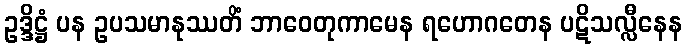
ဥဒ္ဒိဋ္ဌံ ပန ဥပသမာနုဿတိံ ဘာဝေတုကာမေန ရဟောဂတေန ပဋိသလ္လီနေန